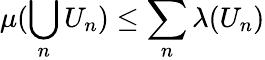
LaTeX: \mu(\bigcup_{n}U_{n})\leq\sum_{n}\lambda(U_{n})